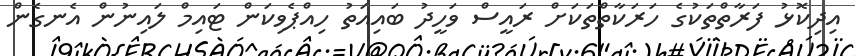
އިދިކޮޅު ފަރާތްތަކުގެ ހަރަކާތްތަކަށް ރައީސް ވަހީދު ބައިއަތު ހިއްޕެވިކަން ޓައިމް ލައިނުން އެނގެން